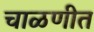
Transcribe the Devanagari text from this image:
चाळणीत